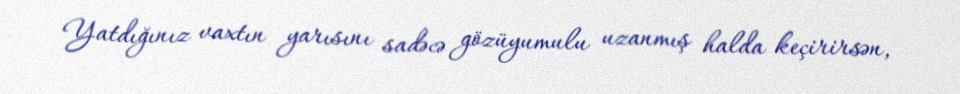
Yatdığınız vaxtın yarısını sadəcə gözüyumulu uzanmış halda keçirirsən,